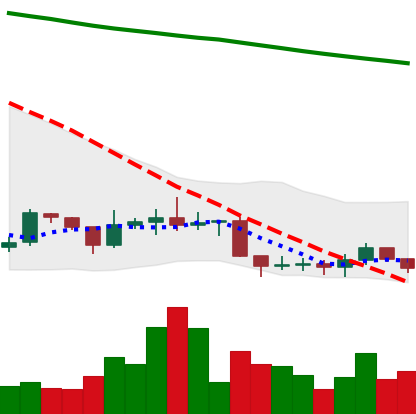
Ticker: ADA-USD
Chart end date: 2019-09-05
Forward return: 4.665%
Label: up_3_5